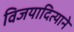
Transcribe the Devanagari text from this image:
विजयादित्याने